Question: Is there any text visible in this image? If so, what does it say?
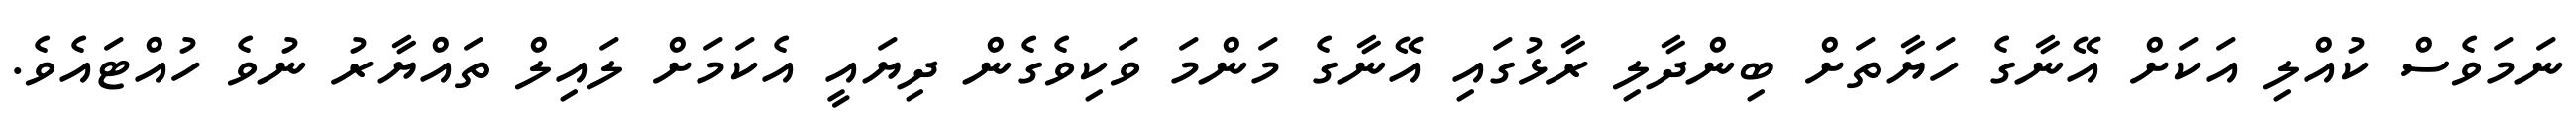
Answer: ނަމަވެސް ކުއްލި އަކަށް އޭނާގެ ހަޔާތަށް ބިންދާލި ރާޅުގައި އޭނާގެ މަންމަ ވަކިވެގެން ދިޔައީ އެކަމަށް ލައިލް ތައްޔާރު ނުވެ ހުއްޓައެވެ.